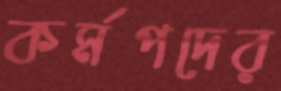
কর্মপদের